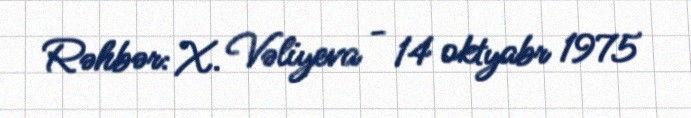
Rəhbər: X. Vəliyeva - 14 oktyabr 1975